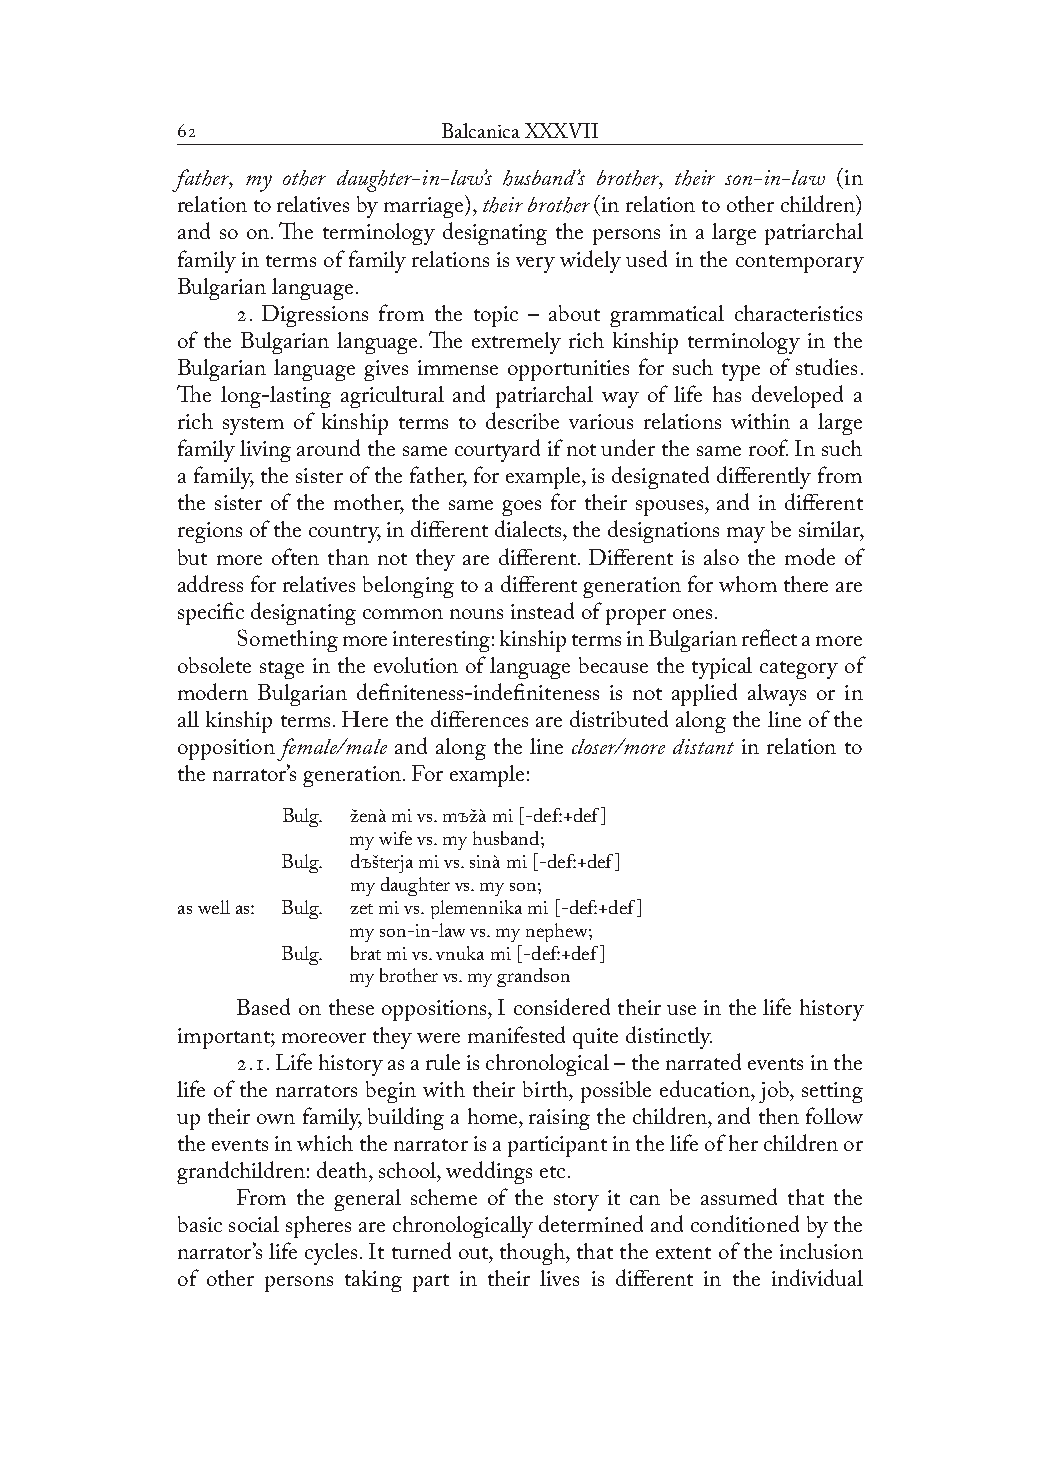
               Balcanica XXXVII
 father, my other daughter-in-law’s husband’s brother, their son-in-law (in
 relation to relatives by marriage), their brother (in relation to other children)
 and so on. The terminology designating the persons in a large patriarchal
 family in terms of family relations is very widely used in the contemporary
 Bulgarian language.
 . Digressions from the topic – about grammatical characteristics
 of the Bulgarian language. The extremely rich kinship terminology in the
 Bulgarian language gives immense opportunities for such type of studies.
 The long-lasting agricultural and patriarchal way of life has developed a
 rich system of kinship terms to describe various relations within a large
 family living around the same courtyard if not under the same roof. In such
 a family, the sister of the father, for example, is designated differently from
 the sister of the mother, the same goes for their spouses, and in different
 regions of the country, in different dialects, the designations may be similar,
 but more often than not they are different. Different is also the mode of
 address for relatives belonging to a different generation for whom there are
 specific designating common nouns instead of proper ones.
 Something more interesting: kinship terms in Bulgarian reflect a more
 obsolete stage in the evolution of language because the typical category of
 modern Bulgarian definiteness-indefiniteness is not applied always or in
 all kinship terms. Here the differences are distributed along the line of the
 opposition female/male and along the line closer/more distant in relation to
 the narrator’s generation. For example:
 Bulg. ženà mi vs. mъžà mi [-def:+def]
 my wife vs. my husband;
 Bulg. dъšterja mi vs. sinà mi [-def:+def]
 my daughter vs. my son;
 as well as: Bulg. zet mi vs. plemennika mi [-def:+def]
 my son-in-law vs. my nephew;
 Bulg. brat mi vs. vnuka mi [-def:+def]
 my brother vs. my grandson
 Based on these oppositions, I considered their use in the life history
 important; moreover they were manifested quite distinctly.
 .. Life history as a rule is chronological – the narrated events in the
 life of the narrators begin with their birth, possible education, job, setting
 up their own family, building a home, raising the children, and then follow
 the events in which the narrator is a participant in the life of her children or
 grandchildren: death, school, weddings etc.
 From the general scheme of the story it can be assumed that the
 basic social spheres are chronologically determined and conditioned by the
 narrator’s life cycles. It turned out, though, that the extent of the inclusion
 of other persons taking part in their lives is different in the individual